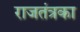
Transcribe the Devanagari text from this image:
राजतंत्रका